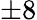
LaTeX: \pm 8